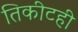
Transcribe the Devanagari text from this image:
तिकीटही